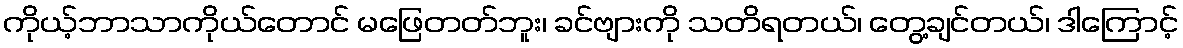
ကိုယ့်ဘာသာကိုယ်တောင် မဖြေတတ်ဘူး၊ ခင်ဗျားကို သတိရတယ်၊ တွေ့ချင်တယ်၊ ဒါကြောင့်